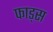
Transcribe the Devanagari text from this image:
फाड्स